Vaccination in Bombay 1856-1862 - 1856-1862
Year: 1856
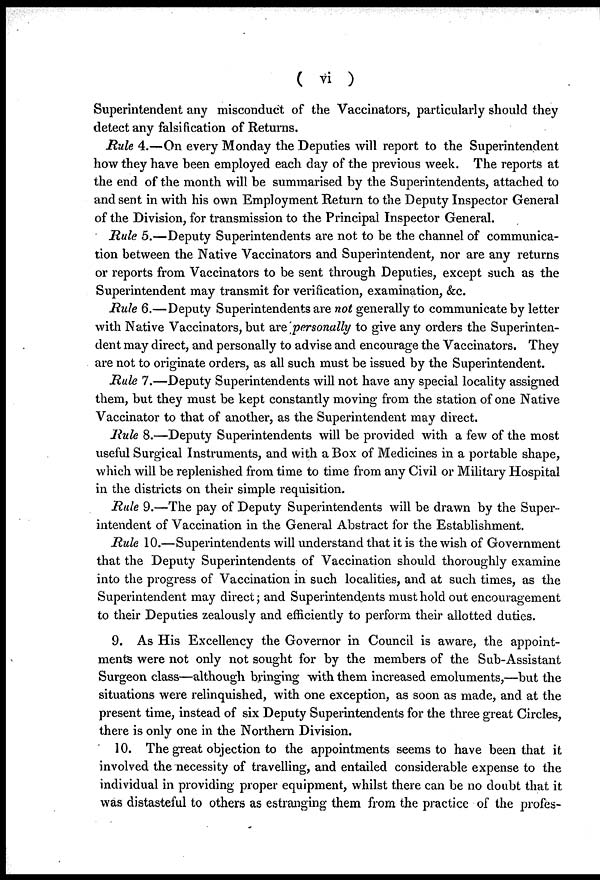
( vi )
Superintendent any misconduct of the Vaccinators, particularly should they
detect any falsification of Returns.
Rule 4.—On every Monday the Deputies will report to the Superintendent
how they have been employed each day of the previous week. The reports at
the end of the month will be summarised by the Superintendents, attached to
and sent in with his own Employment Return to the Deputy Inspector General
of the Division, for transmission to the Principal Inspector General.
Rule 5.—Deputy Superintendents are not to be the channel of communica-
tion between the Native Vaccinators and Superintendent, nor are any returns
or reports from Vaccinators to be sent through Deputies, except such as the
Superintendent may transmit for verification, examination, &c.
Rule 6.—Deputy Superintendents are not generally to communicate by letter
with Native Vaccinators, but are personally to give any orders the Superinten-
dent may direct, and personally to advise and encourage the Vaccinators. They
are not to originate orders, as all such must be issued by the Superintendent.
Rule 7.—Deputy Superintendents will not have any special locality assigned
them, but they must be kept constantly moving from the station of one Native
Vaccinator to that of another, as the Superintendent may direct.
Rule 8.—Deputy Superintendents will be provided with a few of the most
useful Surgical Instruments, and with a Box of Medicines in a portable shape,
which will be replenished from time to time from any Civil or Military Hospital
in the districts on their simple requisition.
Rule 9.—The pay of Deputy Superintendents will be drawn by the Super-
intendent of Vaccination in the General Abstract for the Establishment.
Rule 10.—Superintendents will understand that it is the wish of Government
that the Deputy Superintendents of Vaccination should thoroughly examine
into the progress of Vaccination in such localities, and at such times, as the
Superintendent may direct; and Superintendents must hold out encouragement
to their Deputies zealously and efficiently to perform their allotted duties.
9. As His Excellency the Governor in Council is aware, the appoint-
ments were not only not sought for by the members of the Sub-Assistant
Surgeon class—although bringing with them increased emoluments,—but the
situations were relinquished, with one exception, as soon as made, and at the
present time, instead of six Deputy Superintendents for the three great Circles,
there is only one in the Northern Division.
10. The great objection to the appointments seems to have been that it
involved the necessity of travelling, and entailed considerable expense to the
individual in providing proper equipment, whilst there can be no doubt that it
was distasteful to others as estranging them from the practice of the profes-